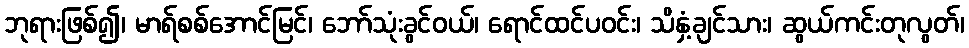
ဘုရားဖြစ်၍၊ မာရ်စစ်အောင်မြင်၊ ဘော်သုံးခွင်ဝယ်၊ ရောင်ထင်ပဝင်း၊ သိနှံ့ချင်သား၊ ဆွယ်ကင်းတုလွတ်၊